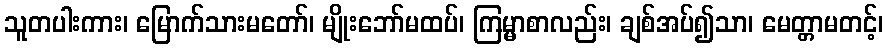
သူတပါးကား၊ မြောက်သားမတော်၊ မျိုးဘော်မထပ်၊ ကြမ္မာစာလည်း၊ ချစ်အပ်၍သာ၊ မေတ္တာမတင့်၊